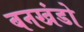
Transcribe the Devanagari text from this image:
बनखंडो